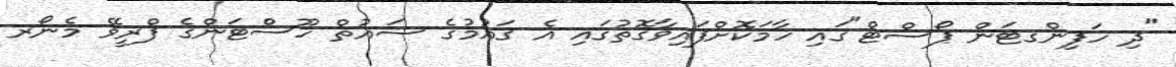
"ދި ހަފިންގޓަން ޕޯސްޓް"ގައި ހާމަކޮށްފައިވާގޮތުގައި އެ ޤައުމުގެ ސައުތް ހޫސްޓަންގެ ފްރީވޭ މެނޯރ